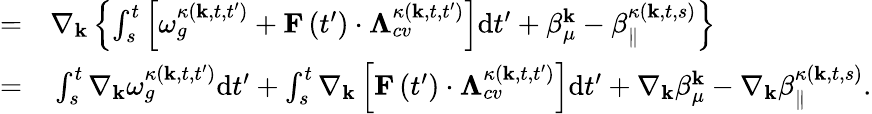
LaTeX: \begin{array}{rl}{=}&{{}\nabla_{\textbf{k}}\left\{ \int_{s}^{t}\left[\omega_{g}^{\kappa\left(\textbf{k},t,t^{\prime}\right)}+\mathbf{F}\left(t^{\prime}\right)\cdot\mathbf{\Lambda}_{cv}^{\kappa\left(\textbf{k},t,t^{\prime}\right)}\right]\mathrm{d}t^{\prime}+\beta_{\mu}^{\mathbf{k}}-\beta_{\| }^{\kappa(\textbf{k},t,s)}\right\} }\\ {=}&{{}\int_{s}^{t}\nabla_{\textbf{k}}\omega_{g}^{\kappa\left(\textbf{k},t,t^{\prime}\right)}\mathrm{d}t^{\prime}+\int_{s}^{t}\nabla_{\textbf{k}}\left[\mathbf{F}\left(t^{\prime}\right)\cdot\mathbf{\Lambda}_{cv}^{\kappa\left(\textbf{k},t,t^{\prime}\right)}\right]\mathrm{d}t^{\prime}+\nabla_{\textbf{k}}\beta_{\mu}^{\mathbf{k}}-\nabla_{\textbf{k}}\beta_{\| }^{\kappa(\textbf{k},t,s)}.}\end{array}